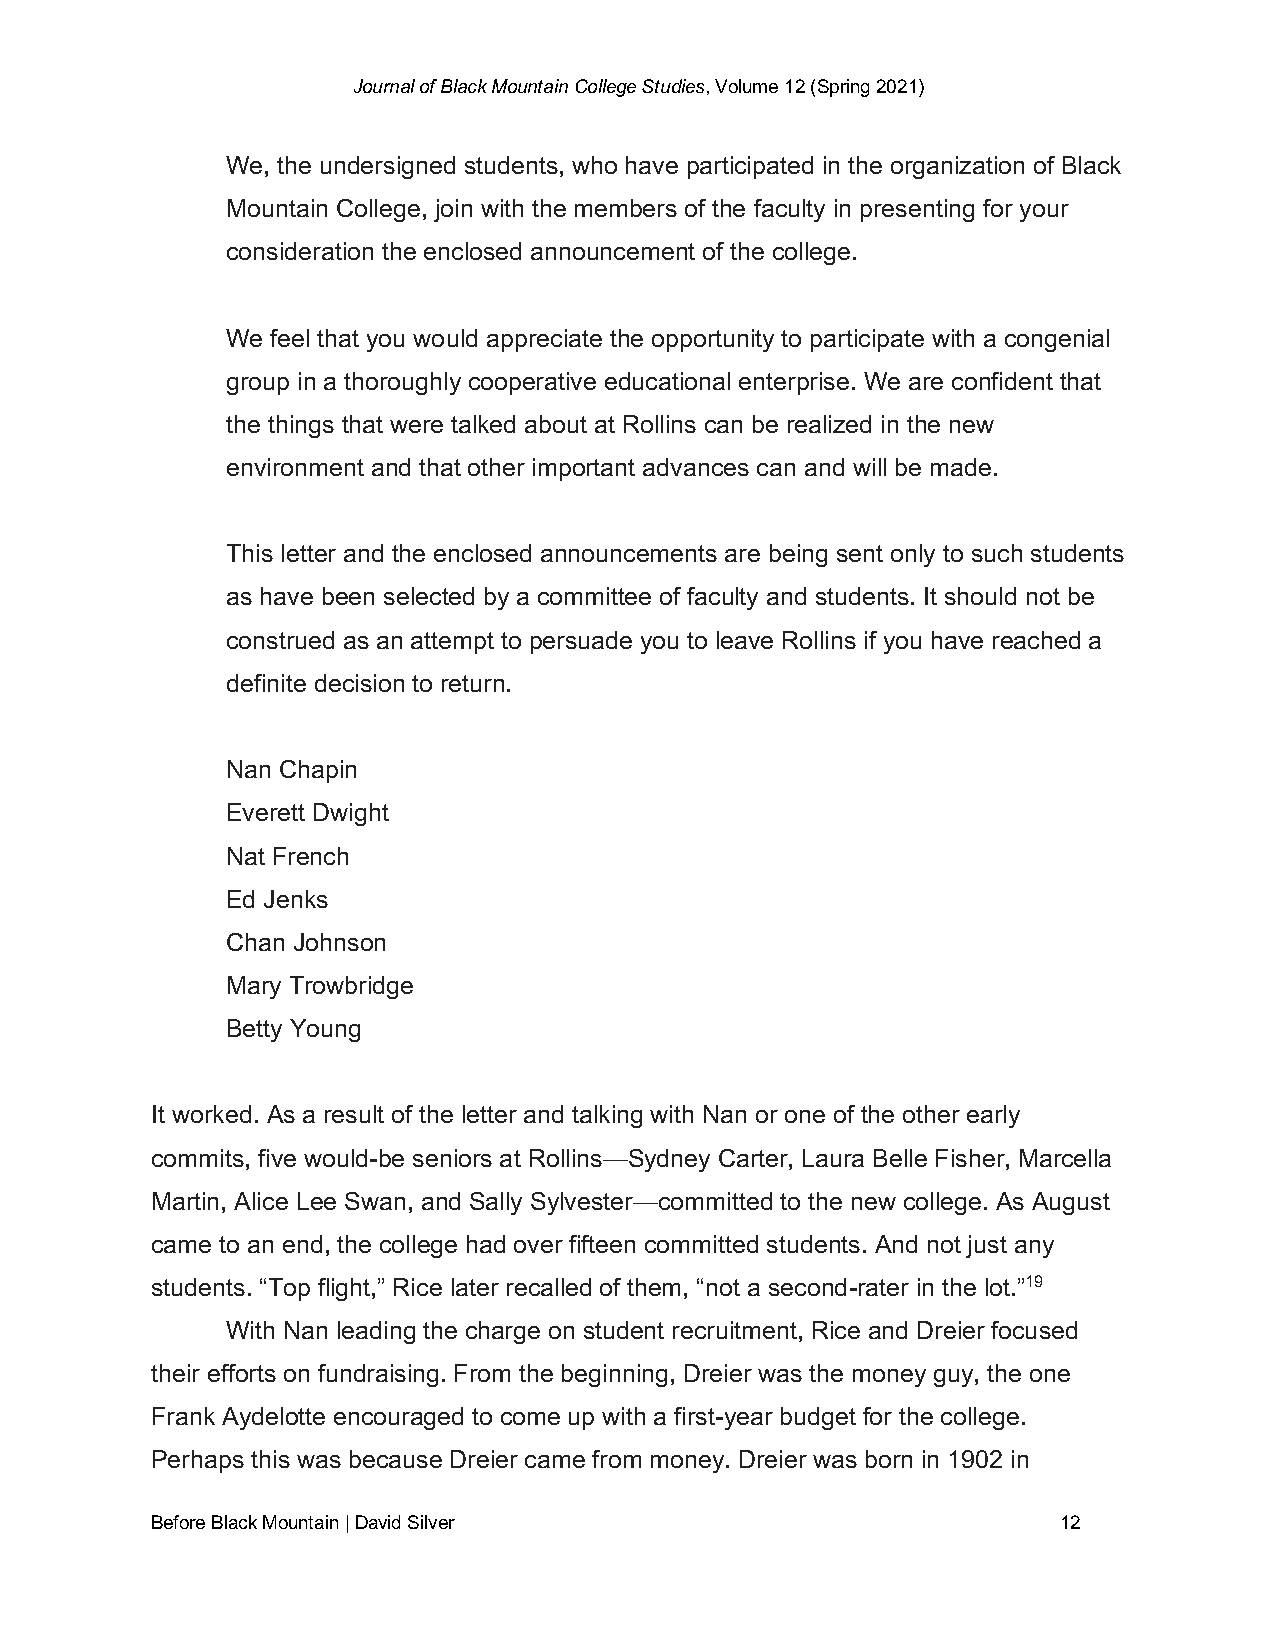
Journal of Black Mountain College Studies, Volume 12 (Spring 2021)
 We, the undersigned students, who have participated in the organization of Black
 Mountain College, join with the members of the faculty in presenting for your
 consideration the enclosed announcement of the college.
 We feel that you would appreciate the opportunity to participate with a congenial
 group in a thoroughly cooperative educational enterprise. We are confident that
 the things that were talked about at Rollins can be realized in the new
 environment and that other important advances can and will be made.
 This letter and the enclosed announcements are being sent only to such students
 as have been selected by a committee of faculty and students. It should not be
 construed as an attempt to persuade you to leave Rollins if you have reached a
 definite decision to return.
 Nan Chapin
 Everett Dwight
 Nat French
 Ed Jenks
 Chan Johnson
 Mary Trowbridge
 Betty Young
 It worked. As a result of the letter and talking with Nan or one of the other early
 commits, five would-be seniors at Rollins—Sydney Carter, Laura Belle Fisher, Marcella
 Martin, Alice Lee Swan, and Sally Sylvester—committed to the new college. As August
 came to an end, the college had over fifteen committed students. And not just any
 students. “Top flight,” Rice later recalled of them, “not a second-rater in the lot.”19
 With Nan leading the charge on student recruitment, Rice and Dreier focused
 their efforts on fundraising. From the beginning, Dreier was the money guy, the one
 Frank Aydelotte encouraged to come up with a first-year budget for the college.
 Perhaps this was because Dreier came from money. Dreier was born in 1902 in
 Before Black Mountain | David Silver                        12